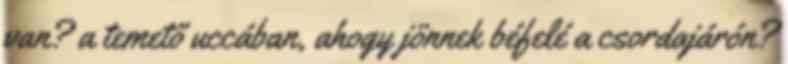
van? a temető uccában, ahogy jönnek béfelé a csordajárón?